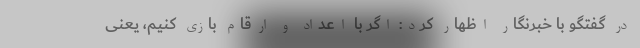
در گفتگو با خبرنگار اظهار کرد: اگر با اعداد و ارقام بازی کنیم، یعنی